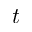
t